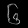
Digit: ၆